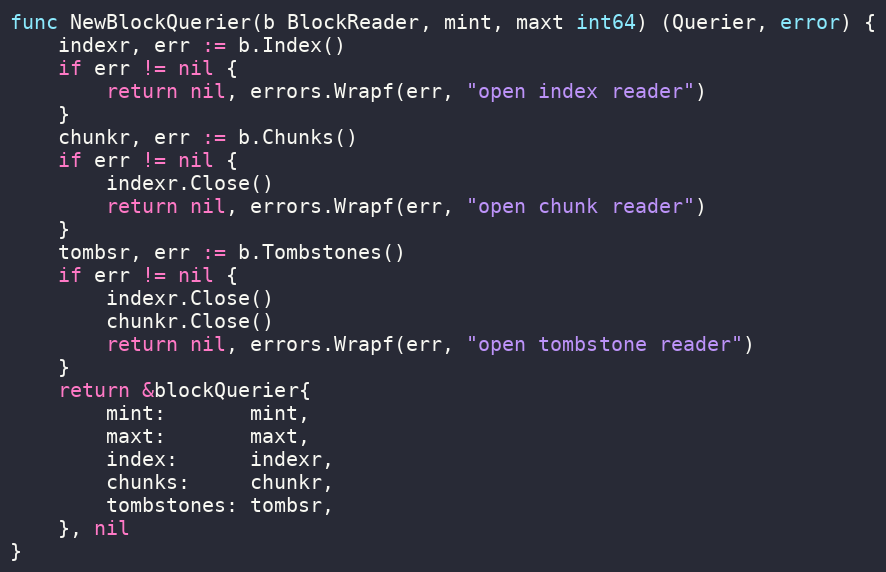
Language: Go
func NewBlockQuerier(b BlockReader, mint, maxt int64) (Querier, error) {
	indexr, err := b.Index()
	if err != nil {
		return nil, errors.Wrapf(err, "open index reader")
	}
	chunkr, err := b.Chunks()
	if err != nil {
		indexr.Close()
		return nil, errors.Wrapf(err, "open chunk reader")
	}
	tombsr, err := b.Tombstones()
	if err != nil {
		indexr.Close()
		chunkr.Close()
		return nil, errors.Wrapf(err, "open tombstone reader")
	}
	return &blockQuerier{
		mint:       mint,
		maxt:       maxt,
		index:      indexr,
		chunks:     chunkr,
		tombstones: tombsr,
	}, nil
}